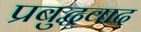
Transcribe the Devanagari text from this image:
प्रबुद्धवाद